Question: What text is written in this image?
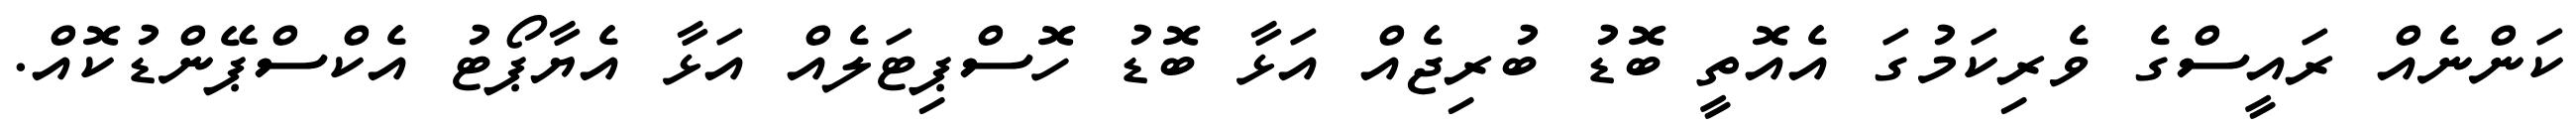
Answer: ކަންނެއް ރައީސްގެ ވެރިކަމުގަ އެއޮތީ ބޮޑު ބުރިޖެއް އަޅާ ބޮޑު ހޮސްޕިޓަލެއް އަޅާ އެޔާޕޯޓު އެކްސްޕޭންޑުކޮއް.